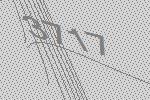
3717